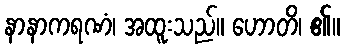
နာနာကရဏံ၊ အထူးသည်။ ဟောတိ၊ ၏။